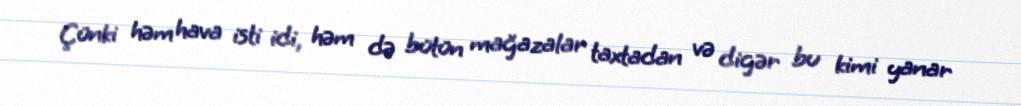
Çünki həm hava isti idi, həm də bütün mağazalar taxtadan və digər bu kimi yanar